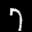
Label: 7